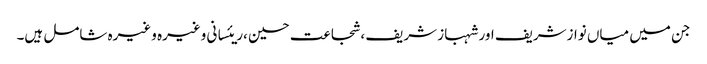
جن میں میاں نوازشریف اور شہباز شریف ،شجاعت حسین ،ریئسانی وغیرہ وغیرہ شامل ہیں۔